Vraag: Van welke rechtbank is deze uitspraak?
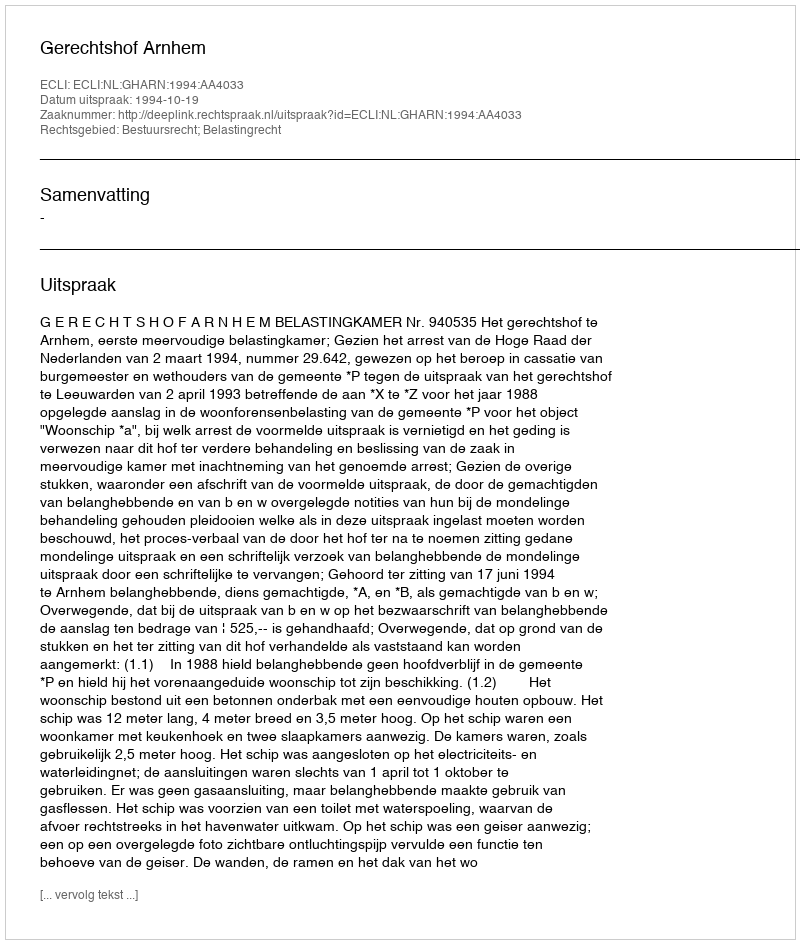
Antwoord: Gerechtshof Arnhem